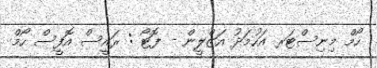
ހޯމް މިނިސްޓަރ އަހުމަދު އަޒްލީން - ފޮޓޯ : ރައީސް އޮފީސް ހޯމް